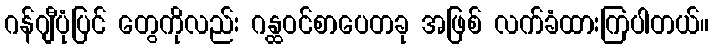
ဂန်ဂျီပုံပြင် တွေကိုလည်း ဂန္ထဝင်စာပေတခု အဖြစ် လက်ခံထားကြပါတယ်။